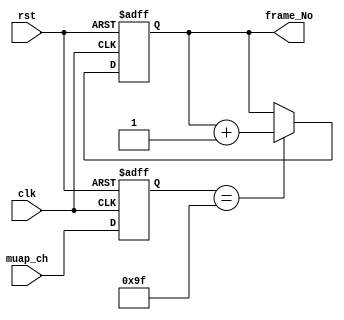
`timescale 1ns / 1ps
//////////////////////////////////////////////////////////////////////////////////
// Company:  HHMI Janelia
// 
// Design Name: 
// Module Name: frame_counter
// Project Name: Xike
// Target Devices: 
// Tool Versions: 
// Description: 
// Count the number of frame from start of the recording
// Each counting is dependent on the input clk(end_of_frame) 
// 
// Dependencies: 
// 
// Revision:
// Revision 0.01 - File Created
// Additional Comments:
// 
//////////////////////////////////////////////////////////////////////////////////

module frame_counter (
  input         clk     ,
  input         rst     ,
  input  [ 7:0] muap_ch ,
  output [31:0] frame_No
);

parameter NUM_CH=160;

reg [31:0] cnt = {32{1'b0}};
assign frame_No = cnt;

(* mark_debug = "true" *) wire reset = rst;   
(* mark_debug = "true" *) reg  [7:0] ch;

always @(posedge clk or posedge rst) begin
  if (rst) begin
    cnt <= 0;
    ch  <= 0;
  end
  else begin
    ch <= muap_ch;
    if(ch==NUM_CH-1) begin
      cnt <= cnt + 1'b1;
    end
  end
end

endmodule